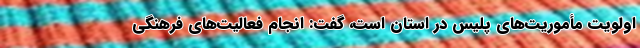
اولویت مأموریت‌های پلیس در استان است، گفت: انجام فعالیت‌های فرهنگی